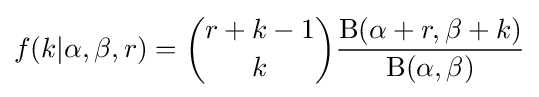
f(k|\alpha ,\beta ,r)={\binom {r+k-1}{k}}{\frac {\mathrm {B} (\alpha +r,\beta +k)}{\mathrm {B} (\alpha ,\beta )}}